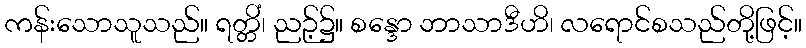
ကန်းသောသူသည်။ ရတ္တိံ၊ ညဉ့်၌။ စန္ဒော ဘာသာဒီဟိ၊ လရောင်စသည်တို့ဖြင့်။